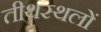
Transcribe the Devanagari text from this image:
तीथस्थलों